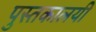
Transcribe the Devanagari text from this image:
पुस्तकालयी